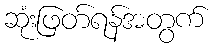
ဆုံးဖြတ်ရန်အတွက်